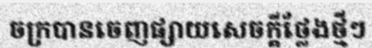
ចក្របានចេញផ្សាយសេចក្តីថ្លែងថ្មីៗ